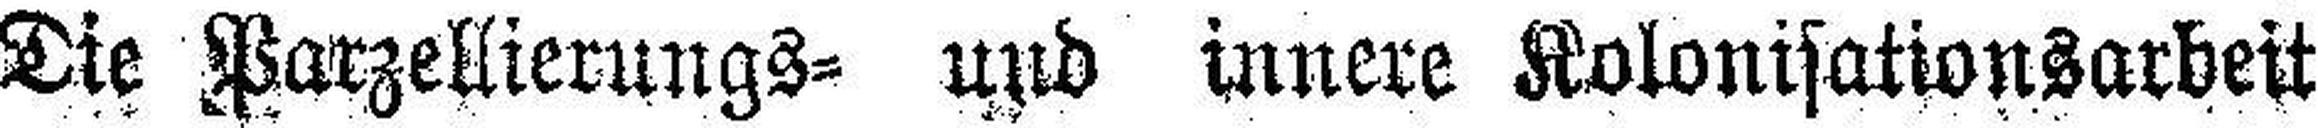
Die Parzellierungs= und innere Kolonisationsarbeit